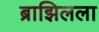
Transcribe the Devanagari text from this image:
ब्राझिलला